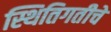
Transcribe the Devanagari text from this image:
स्थितिगतीचे